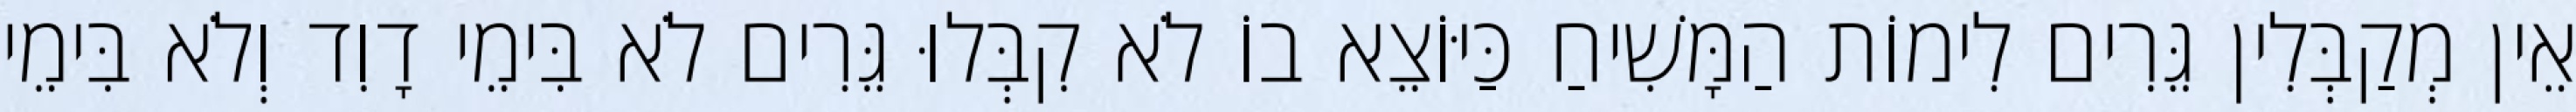
אֵין מְקַבְּלִין גֵּרִים לִימוֹת הַמָּשִׁיחַ כַּיּוֹצֵא בוֹ לֹא קִבְּלוּ גֵּרִים לֹא בִּימֵי דָוִד וְלֹא בִּימֵי